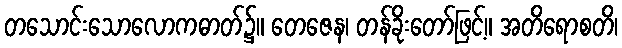
တသောင်းသောလောကဓာတ်၌။ တေဇေန၊ တန်ခိုးတော်ဖြင့်။ အတိရောစတိ၊